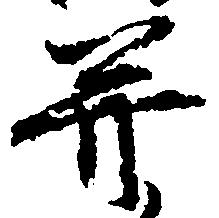
并